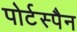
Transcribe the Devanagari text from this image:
पोर्टस्पैन